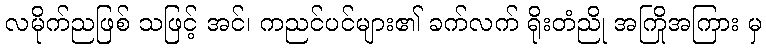
လမိုက်ညဖြစ် သဖြင့် အင်၊ ကညင်ပင်များ၏ ခက်လက် ရိုးတံညို အကြိုအကြား မှ